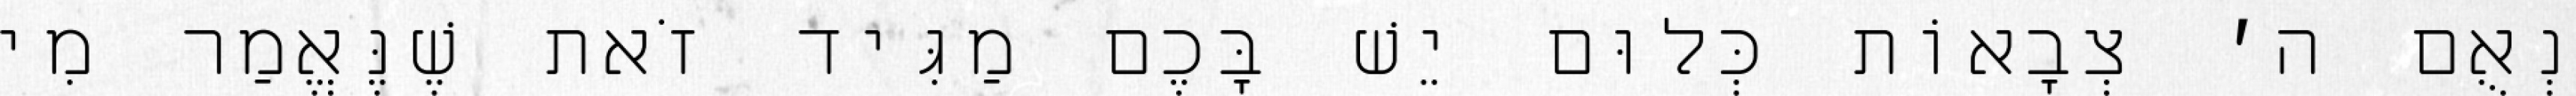
נְאֻם ה׳ צְבָאוֹת כְּלוּם יֵשׁ בָּכֶם מַגִּיד זֹאת שֶׁנֶּאֱמַר מִי